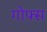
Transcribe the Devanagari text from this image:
गोफ्स